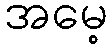
အမေ့